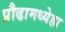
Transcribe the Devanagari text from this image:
प्रौढामध्येहा